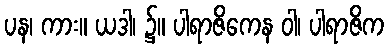
ပန၊ ကား။ ယဒါ၊ ၌။ ပါရာဇိကေန ဝါ၊ ပါရာဇိက